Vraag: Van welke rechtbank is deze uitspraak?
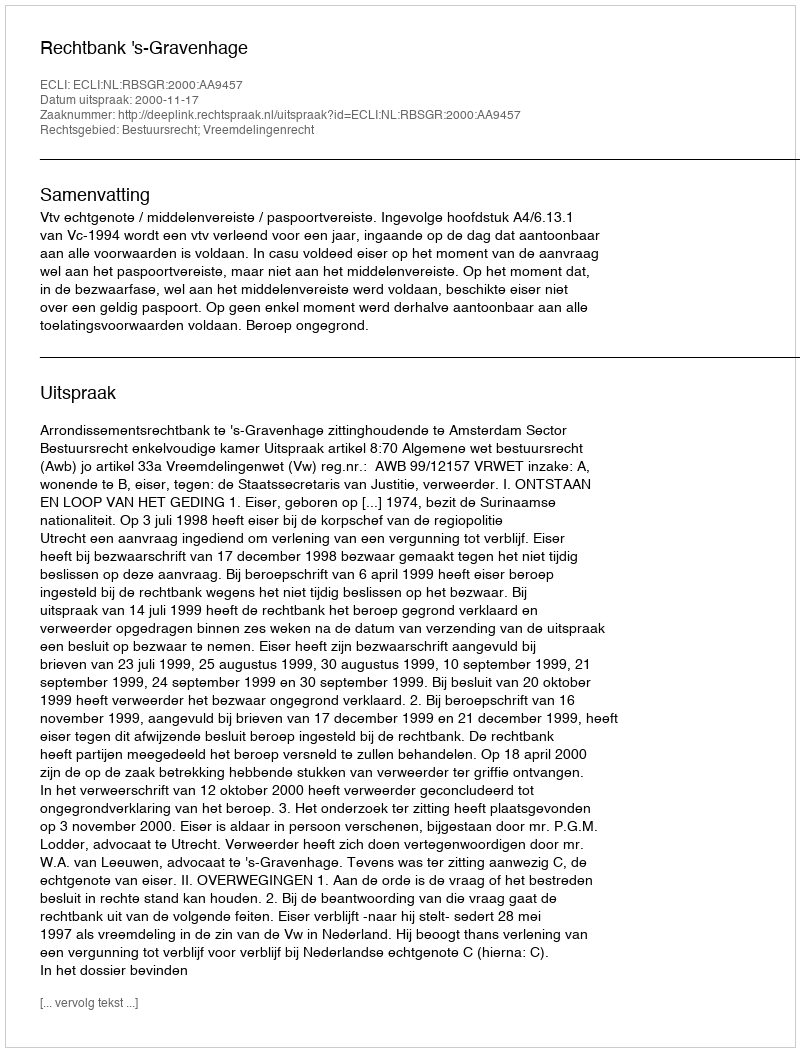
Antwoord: Rechtbank 's-Gravenhage